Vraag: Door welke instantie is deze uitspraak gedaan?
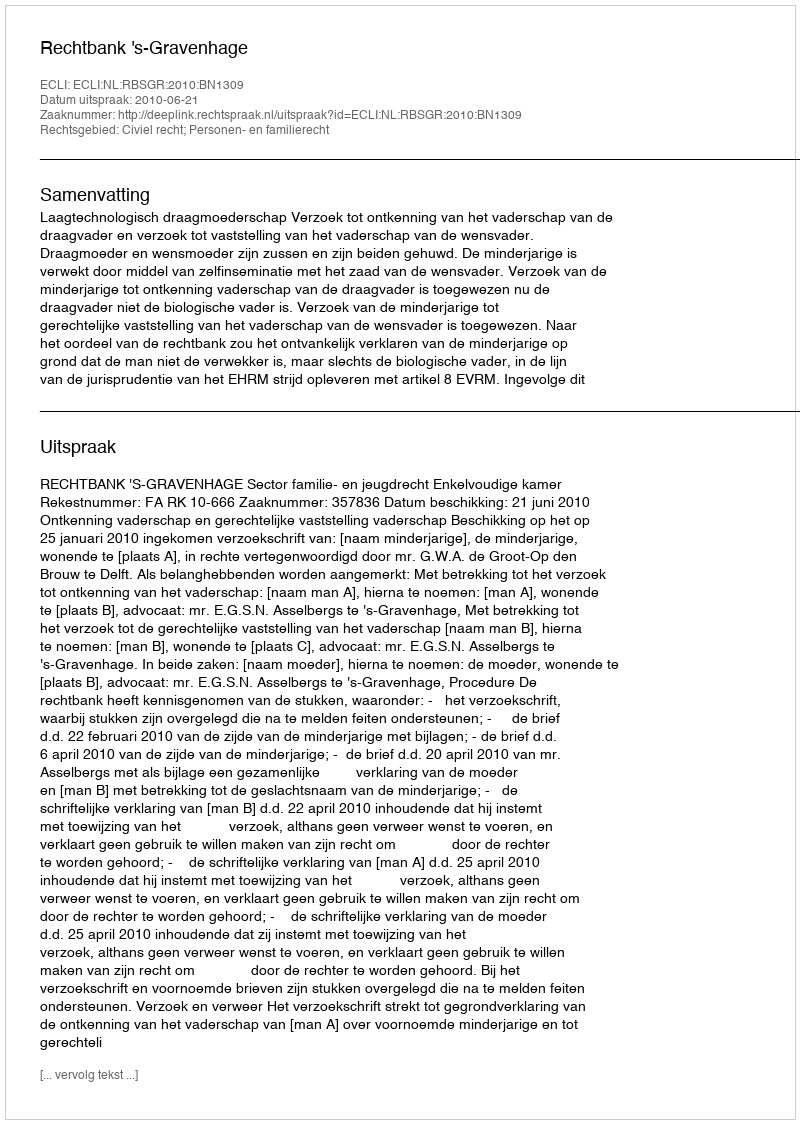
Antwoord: Rechtbank 's-Gravenhage